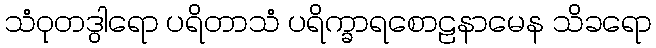
သံဝုတဒွါရော ပရိတာသံ ပရိက္ခာရစောဠနာမေန သိခရော